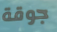
جوقة